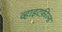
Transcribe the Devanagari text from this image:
व्हाइटफ़ील्ड